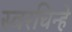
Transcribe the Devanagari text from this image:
स्वरचिन्हे